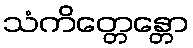
သံကိတ္တေန္တော